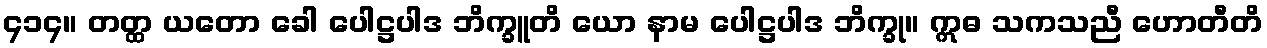
၄၁၄။ တတ္ထ ယတော ခေါ ပေါဋ္ဌပါဒ ဘိက္ခူတိ ယော နာမ ပေါဋ္ဌပါဒ ဘိက္ခု။ ဣဓ သကသညီ ဟောတီတိ